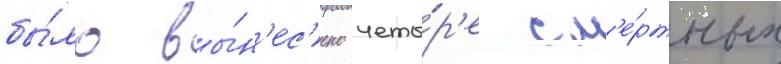
бы́ло вы́н'ес'ено четы́р'е см'е́ртных